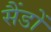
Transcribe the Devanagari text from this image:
सैंडों